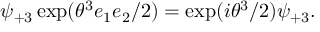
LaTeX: \psi _ { + 3 } \exp ( \theta ^ { 3 } e _ { 1 } e _ { 2 } / 2 ) = \exp ( i \theta ^ { 3 } / 2 ) \psi _ { + 3 } .